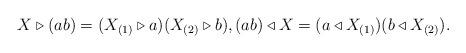
LaTeX: \begin{align*}X \triangleright (a b) = (X_{(1)} \triangleright a) (X_{(2)} \triangleright b),(a b) \triangleleft X = (a \triangleleft X_{(1)}) (b \triangleleft X_{(2)}).\end{align*}